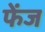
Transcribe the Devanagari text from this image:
फेंज